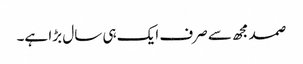
صمد مجھ سے صرف ایک ہی سال بڑا ہے۔